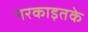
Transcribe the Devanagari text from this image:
नरकाइतके